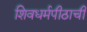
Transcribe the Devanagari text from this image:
शिवधर्मपीठाची